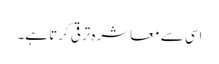
اسی سے معاشرہ ترقی کرتا ہے۔